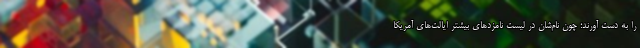
را به دست آورند؛ چون نام‌شان در لیست نامزدهای بیشتر ایالت‌های آمریکا